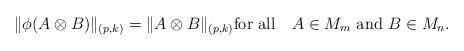
LaTeX: \begin{align*}\|\phi(A\otimes B)\|_{(p,k)}=\|A\otimes B\|_{(p,k)}\hbox{for all\quad}A\in M_m\hbox{ and }B\in M_n.\end{align*}